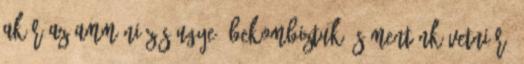
akár az ammóniázás ugye, bekombiztuk és mentünk vetni rá